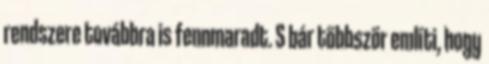
rendszere továbbra is fennmaradt. S bár többször említi, hogy